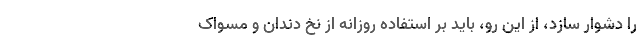
را دشوار سازد، از این رو، باید بر استفاده روزانه از نخ دندان و مسواک